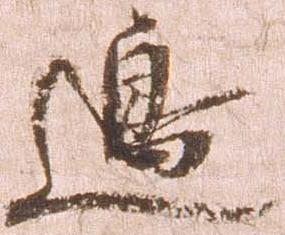
辺